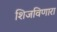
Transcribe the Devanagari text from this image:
शिजविणारा